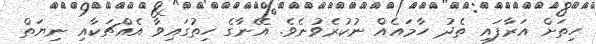
ހިތަށް އަރާފައި ތެދު ހާމައެއް ނުކުރެވުނެވެ. އޭނާގެ ހިތުގައިވާ އެއްޗަކާއި ނިޔަތް